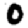
Digit: 0